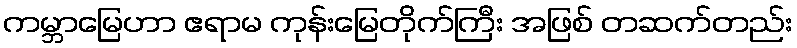
ကမ္ဘာမြေဟာ ဧရာမ ကုန်းမြေတိုက်ကြီး အဖြစ် တဆက်တည်း